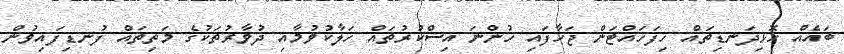
ބައެއް ހޮޅިދަނޑިތައް ހިފަހައްޓަން ޖަހާފައި ހުންނަ އިސްކުރުތައް ހަލާކުވުމާއި ދުވާރުތަކުގެ މަތިތައް ފުނޑިފައިވުން